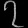
Digit: ၇